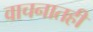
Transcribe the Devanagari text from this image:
वाचनातही